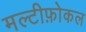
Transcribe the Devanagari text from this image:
मल्टीफ़ोकल